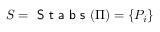
S = \textsf { S t a b s } ( \Pi ) = \{ P _ { i } \}